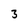
Character: 3